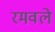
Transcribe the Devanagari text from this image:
रमवले